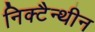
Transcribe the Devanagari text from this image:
निक्टैन्थीन